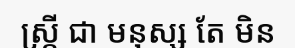
ស្ត្រី ជា មនុស្ស តែ មិន